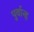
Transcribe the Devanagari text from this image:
पुर्वान्ह